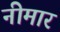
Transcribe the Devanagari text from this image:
नीमार